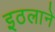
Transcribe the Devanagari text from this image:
इठलाने